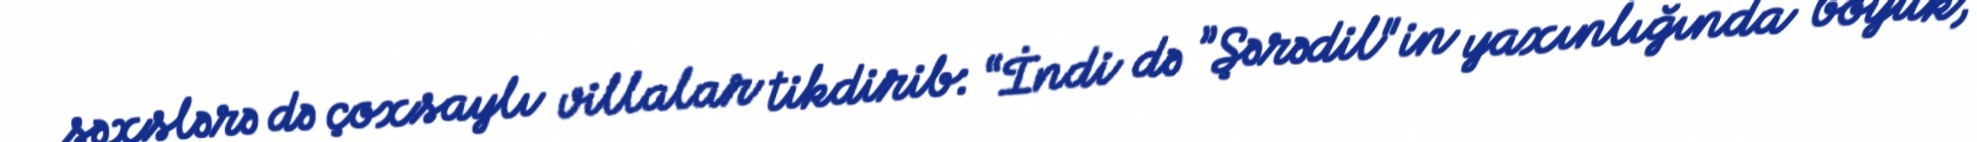
şəxslərə də çoxsaylı villalar tikdirib: “İndi də ”Şərədil"in yaxınlığında böyük,